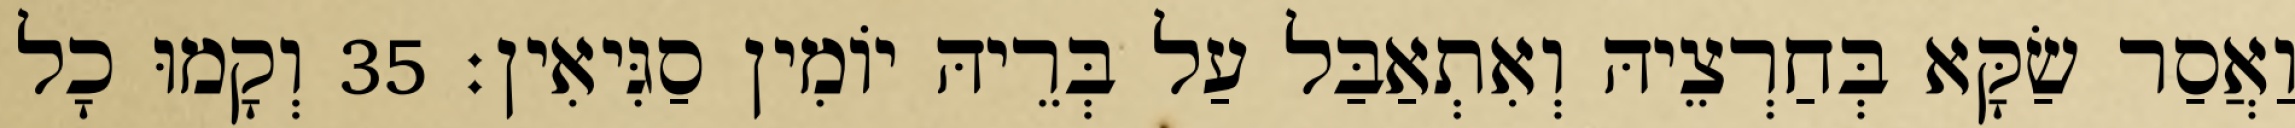
וַאֲסַר שַׂקָּא בְּחַרְצֵיהּ וְאִתְאַבַּל עַל בְּרֵיהּ יוֹמִין סַגִּיאִין׃ 35 וְקָמוּ כָל